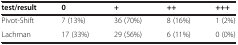
| test/result | 0 | + | ++ | +++ |
 | --- | --- | --- | --- | --- |
 | Pivot-Shift | 7 (13%) | 36 (70%) | 8 (16%) | 1 (2%) |
 | Lachman | 17 (33%) | 29 (56%) | 6 (11%) | 0 (0%) |